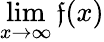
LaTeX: \operatorname*{lim}_{x\to\infty}\mathfrak{f}(x)